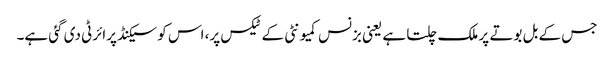
جس کے بل بوتے پر ملک چلتا ہے یعنی بزنس کمیونٹی کے ٹیکس پر، اس کو سیکنڈ پرائرٹی دی گئی ہے۔